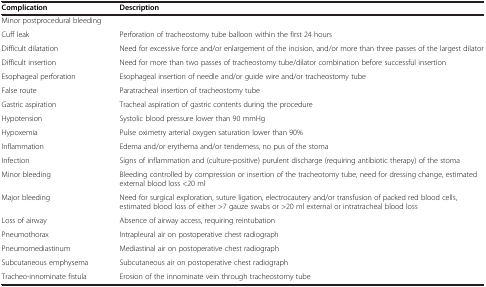
<table><thead><tr><td><b>Complication</b></td><td><b>Description</b></td></tr></thead><tbody><tr><td colspan="2">Minor postprocedural bleeding</td></tr><tr><td>Cuff leak</td><td>Perforation of tracheostomy tube balloon within the first 24 hours</td></tr><tr><td>Difficult dilatation</td><td>Need for excessive force and/or enlargement of the incision, and/or more than three passes of the largest dilator</td></tr><tr><td>Difficult insertion</td><td>Need for more than two passes of tracheostomy tube/dilator combination before successful insertion</td></tr><tr><td>Esophageal perforation</td><td>Esophageal insertion of needle and/or guide wire and/or tracheostomy tube</td></tr><tr><td>False route</td><td>Paratracheal insertion of tracheostomy tube</td></tr><tr><td>Gastric aspiration</td><td>Tracheal aspiration of gastric contents during the procedure</td></tr><tr><td>Hypotension</td><td>Systolic blood pressure lower than 90 mmHg</td></tr><tr><td>Hypoxemia</td><td>Pulse oximetry arterial oxygen saturation lower than 90%</td></tr><tr><td>Inflammation</td><td>Edema and/or erythema and/or tenderness, no pus of the stoma</td></tr><tr><td>Infection</td><td>Signs of inflammation and (culture-positive) purulent discharge (requiring antibiotic therapy) of the stoma</td></tr><tr><td>Minor bleeding</td><td>Bleeding controlled by compression or insertion of the tracheotomy tube, need for dressing change, estimated external blood loss &lt;20 ml</td></tr><tr><td>Major bleeding</td><td>Need for surgical exploration, suture ligation, electrocautery and/or transfusion of packed red blood cells, estimated blood loss of either &gt;7 gauze swabs or &gt;20 ml external or intratracheal blood loss</td></tr><tr><td>Loss of airway</td><td>Absence of airway access, requiring reintubation</td></tr><tr><td>Pneumothorax</td><td>Intrapleural air on postoperative chest radiograph</td></tr><tr><td>Pneumomediastinum</td><td>Mediastinal air on postoperative chest radiograph</td></tr><tr><td>Subcutaneous emphysema</td><td>Subcutaneous air on postoperative chest radiograph</td></tr><tr><td>Tracheo-innominate fistula</td><td>Erosion of the innominate vein through tracheostomy tube</td></tr></tbody></table>